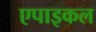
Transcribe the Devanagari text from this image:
एपाइकल